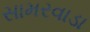
સામરવાડા